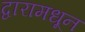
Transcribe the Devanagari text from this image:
द्वारामधून